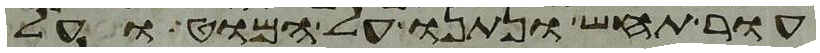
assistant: עור תחש ונתנו על המוט ועל